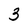
Character: 3